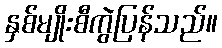
နှစ်မျိုးစီကွဲပြန်သည်။